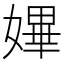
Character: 𡠚